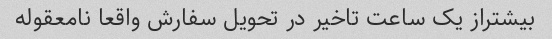
بیشتراز یک ساعت تاخیر در تحویل سفارش واقعا نامعقوله